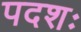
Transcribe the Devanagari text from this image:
पदशः